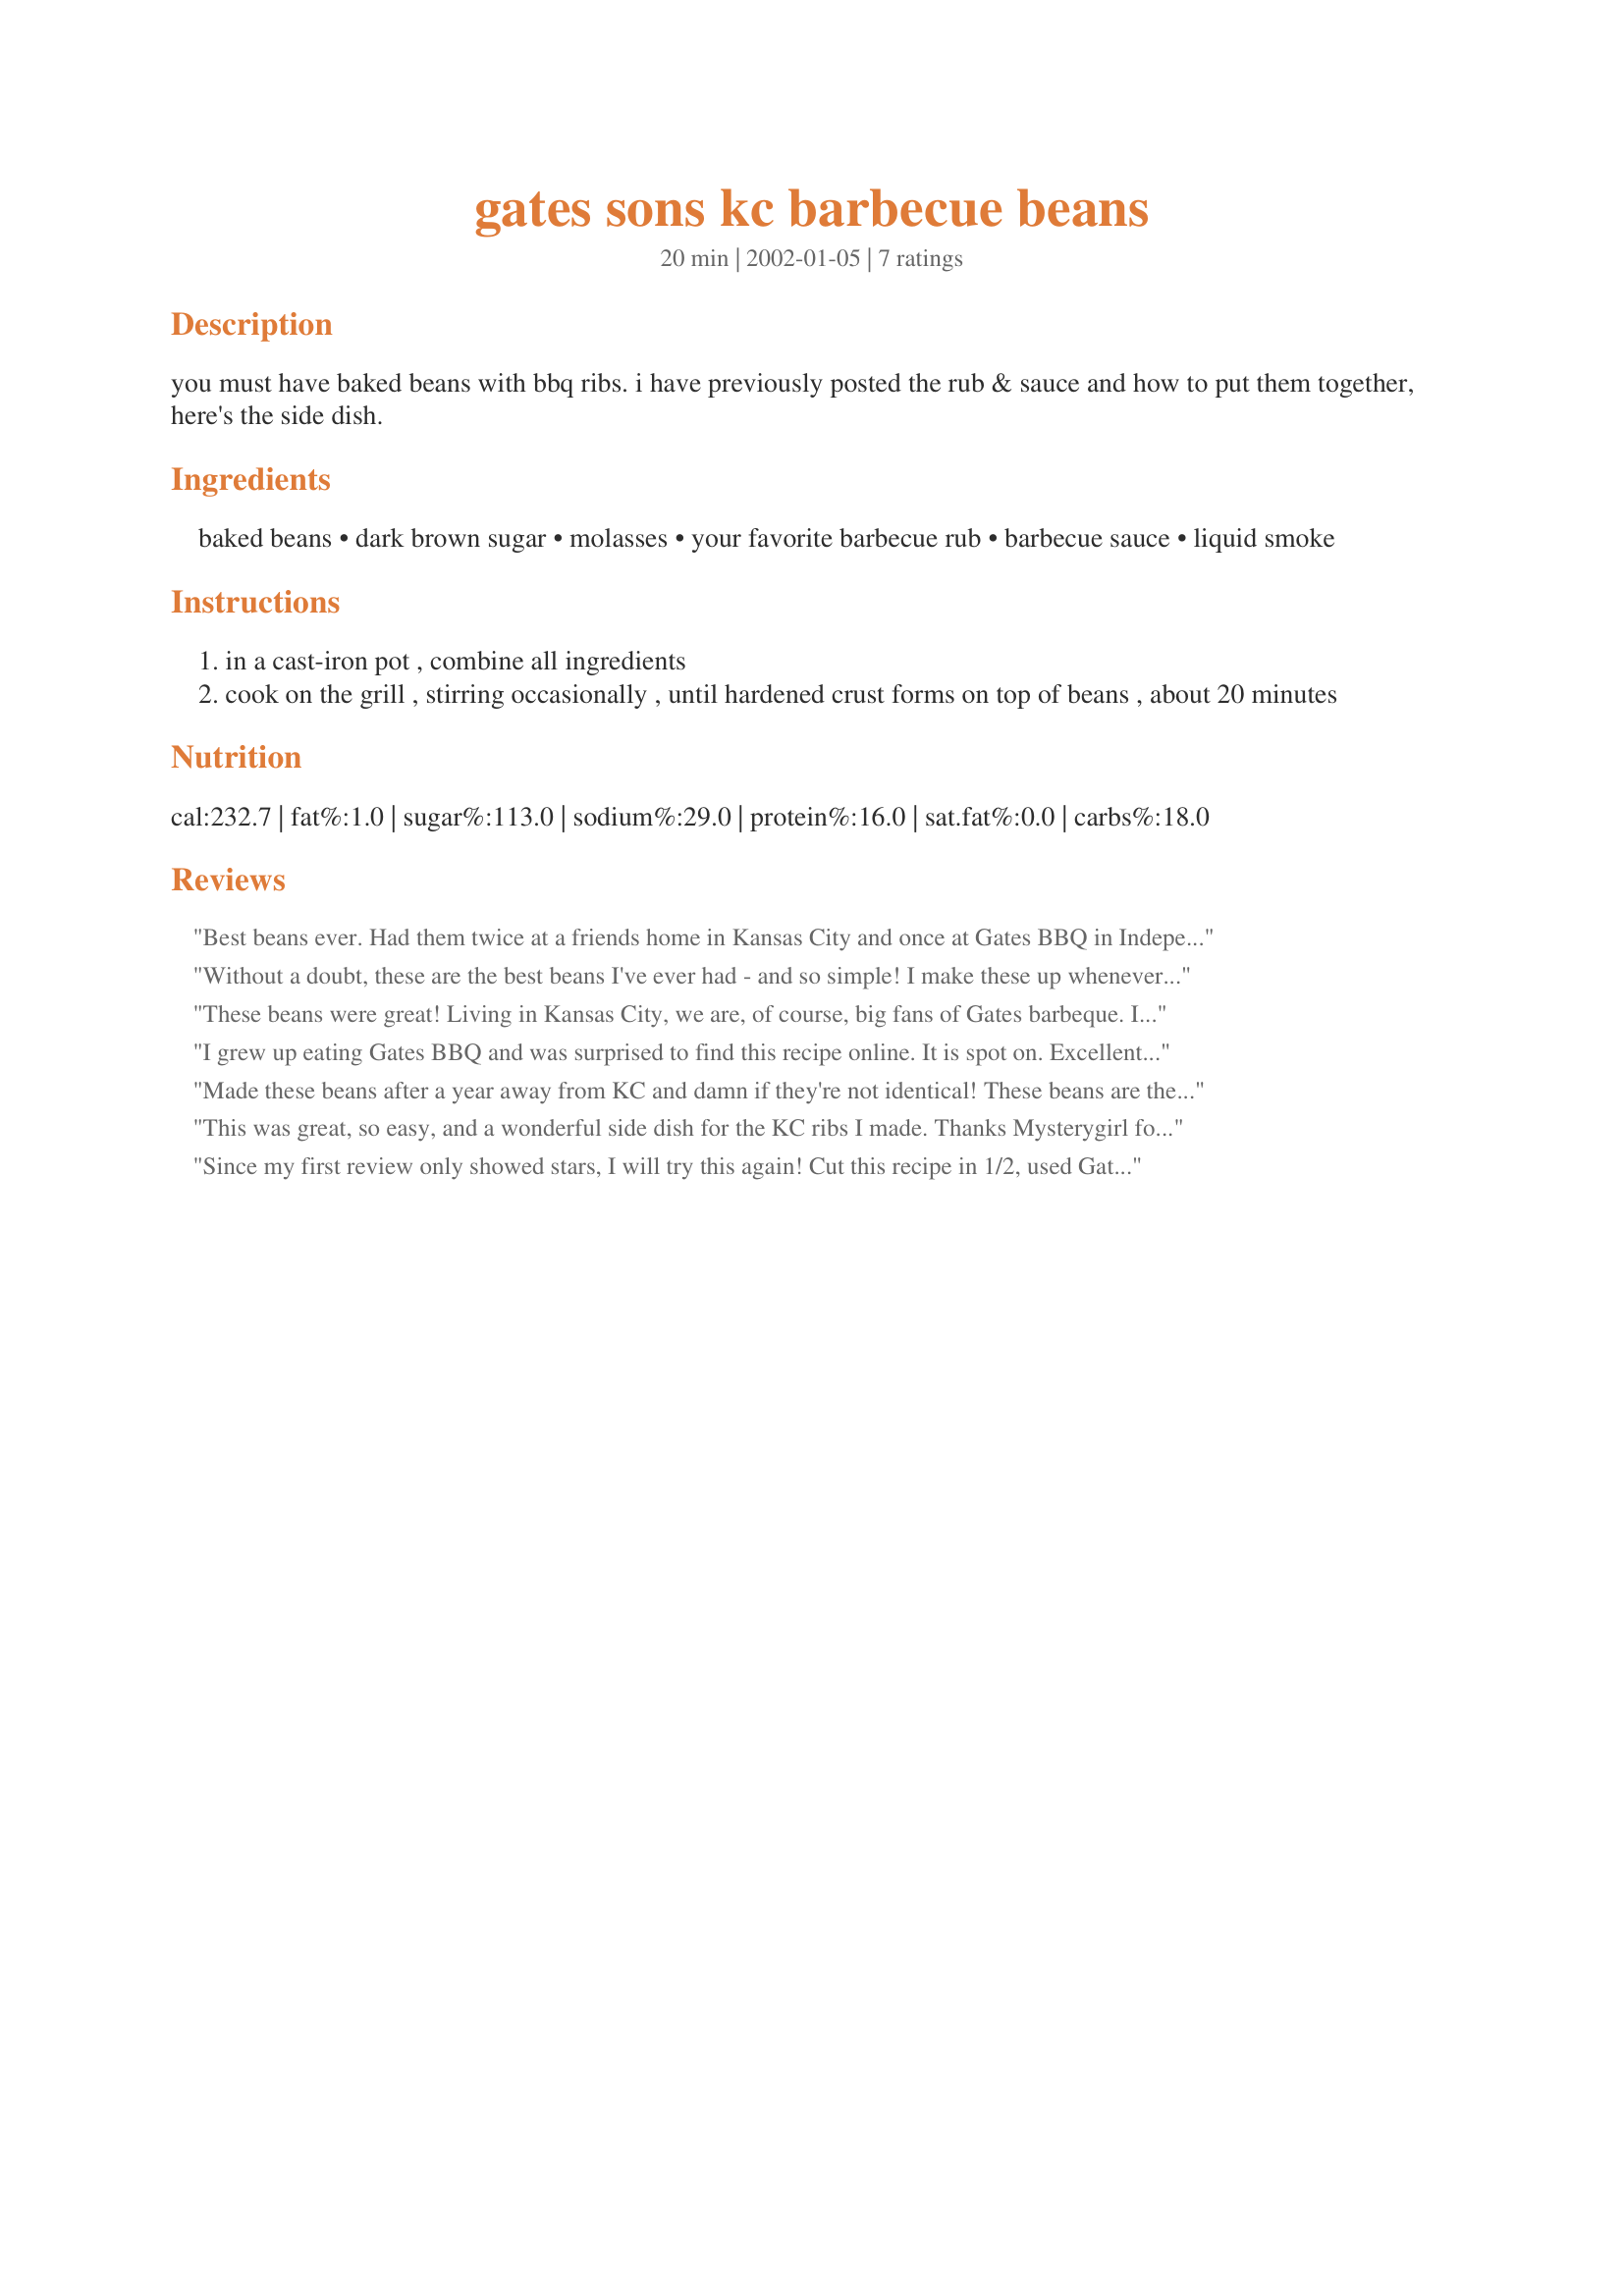
gates sons kc barbecue beans
Preparation time: 20 minutes

you must have baked beans with bbq ribs. i have previously posted the rub & sauce and how to put them together, here's the side dish.

Ingredients:
baked beans, dark brown sugar, molasses, your favorite barbecue rub, barbecue sauce, liquid smoke

Steps:
in a cast-iron pot , combine all ingredients
cook on the grill , stirring occasionally , until hardened crust forms on top of beans , about 20 minutes

Reviews:
Best beans ever. Had them twice at a friends home in Kansas City and once at Gates BBQ in Independence. Asked if they were available in grocery stores. Was told &quot;No but the recipe is on the internet.&quot; Shocking generosity. Thank you Mr. Gates.
Without a doubt, these are the best beans I've ever had - and so simple! I make these up whenever we have company or go for a potluck and everyone raves about them - and they can't believe they're made with canned beans! No need to modify this recipe, it's a winner.
These beans were great! Living in Kansas City, we are, of course, big fans of Gates barbeque. I have been making beans similar to this for years, but always used a sweeter sauce. I like this version with Gates even better. Thanks for the idea.
I grew up eating Gates BBQ and was surprised to find this recipe online. It is spot on. Excellent! I vacuum seal and freeze burnt ends every time I smoke a brisket so when I make this recipe they can be chopped up and added to the beans.
Made these beans after a year away from KC and damn if they're not identical! These beans are the best ever and will change your life.
This was great, so easy, and a wonderful side dish for the KC ribs I made. Thanks Mysterygirl for a new way to make baked beans easy. Everyone loved this recipe.
Since my first review only showed stars, I will try this again! Cut this recipe in 1/2, used Gates sauce and Gates rub and they were the best beans I've ever made at home! I am a huge fan of Gates BBQ and eat there each time we visit KC. Mysterygirl, thank you so much for posting this recipe here. If I could give it more than 5 stars, I would.
